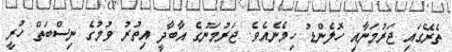
ތެރޭގައި ޖަރުމަނާއި ހޮލެންޑު ހިމެނެއެވެ. ޖަރުމަނުގެ އާބާދީ އިތުރު ވުމުގެ ނިސްބަތް ހުރީ